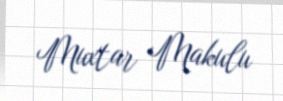
Muxtar Makulu